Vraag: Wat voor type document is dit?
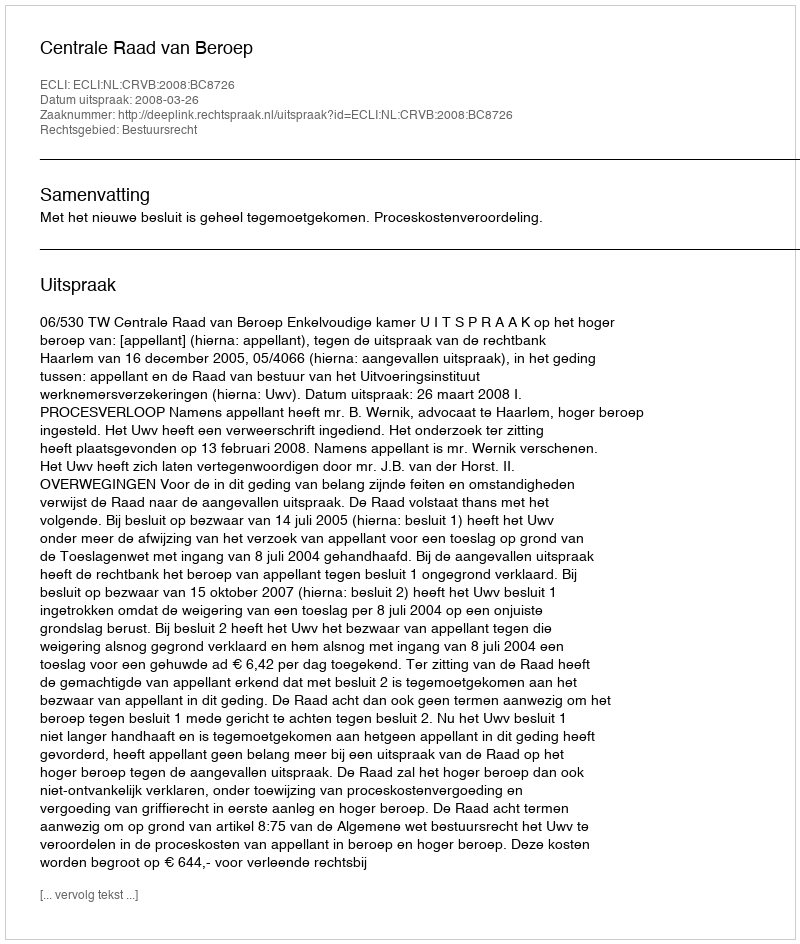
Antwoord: Uitspraak